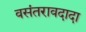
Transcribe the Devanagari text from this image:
वसंतरावदादा